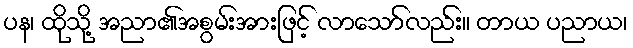
ပန၊ ထိုသို့ အညာ၏အစွမ်းအားဖြင့် လာသော်လည်း။ တာယ ပညာယ၊